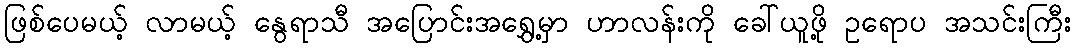
ဖြစ်ပေမယ့် လာမယ့် နွေရာသီ အပြောင်းအရွှေ့မှာ ဟာလန်းကို ခေါ်ယူဖို့ ဥရောပ အသင်းကြီး